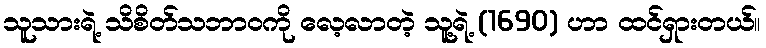
သူသားရဲ့ သိစိတ်သဘာဝကို လေ့လာတဲ့ သူ့ရဲ့ (1690) ဟာ ထင်ရှားတယ်။